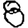
Digit: 8